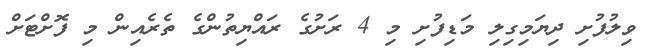
ވިލުފުށި ދިޔަމިގިލި މަޑިފުށި މި 4 ރަށުގެ ރައްޔިތުންގެ ތެރެއިން މި ފޮށްޓަށް